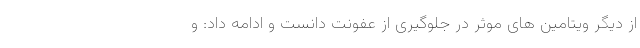
از دیگر ویتامین های موثر در جلوگیری از عفونت دانست و ادامه داد: و